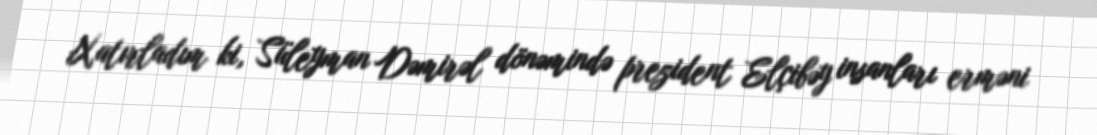
Xatırladım ki, Süleyman Dəmirəl dönəmində prezident Elçibəy insanları erməni